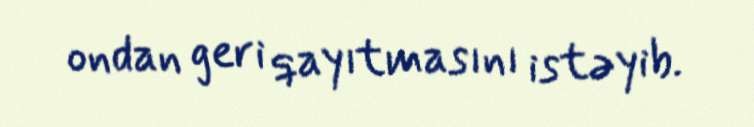
ondan geri qayıtmasını istəyib.